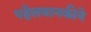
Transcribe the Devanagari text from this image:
पहेलवानकीने